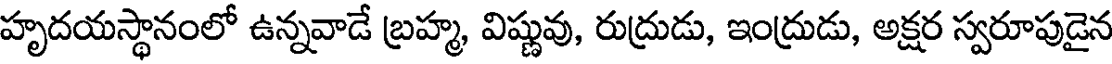
హృదయస్థానంలో ఉన్నవాడే బ్రహ్మ, విష్ణువు, రుద్రుడు, ఇంద్రుడు, అక్షర స్వరూపుడైన